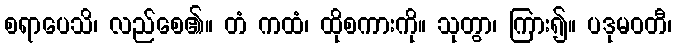
စရာပေသိ၊ လည်စေ၏။ တံ ကထံ၊ ထိုစကားကို။ သုတွာ၊ ကြား၍။ ပဒုမဝတီ၊